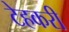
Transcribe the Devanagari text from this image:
टेहकरी